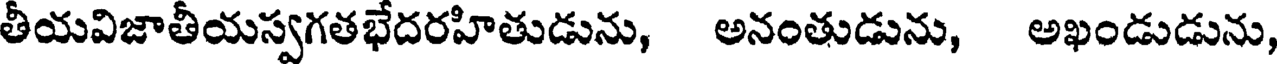
తీయవిజాతీయస్వగతభేదరహితుడును, అనంతుడును, అఖండుడును,